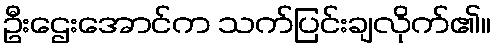
ဦးဌေးအောင်က သက်ပြင်းချလိုက်၏။